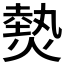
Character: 𤍽